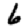
Digit: 6